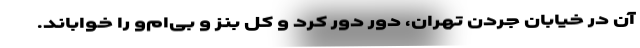
آن در خیابان جُردن تهران، دور دور کرد و کل بنز و بی‌ام‌و را خواباند.